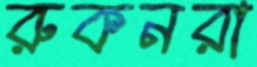
রুকনরা